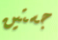
جستين